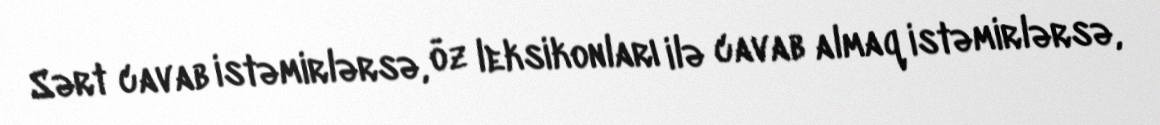
Sərt cavab istəmirlərsə, öz leksikonları ilə cavab almaq istəmirlərsə,